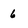
Character: 6